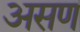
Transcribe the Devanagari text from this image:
असण